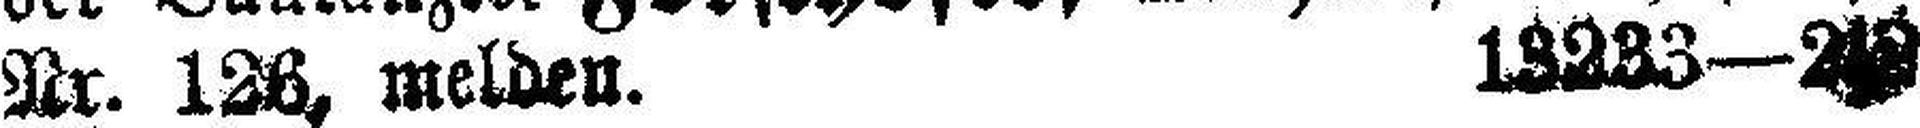
Nr. 126, melden. 13233—2|3